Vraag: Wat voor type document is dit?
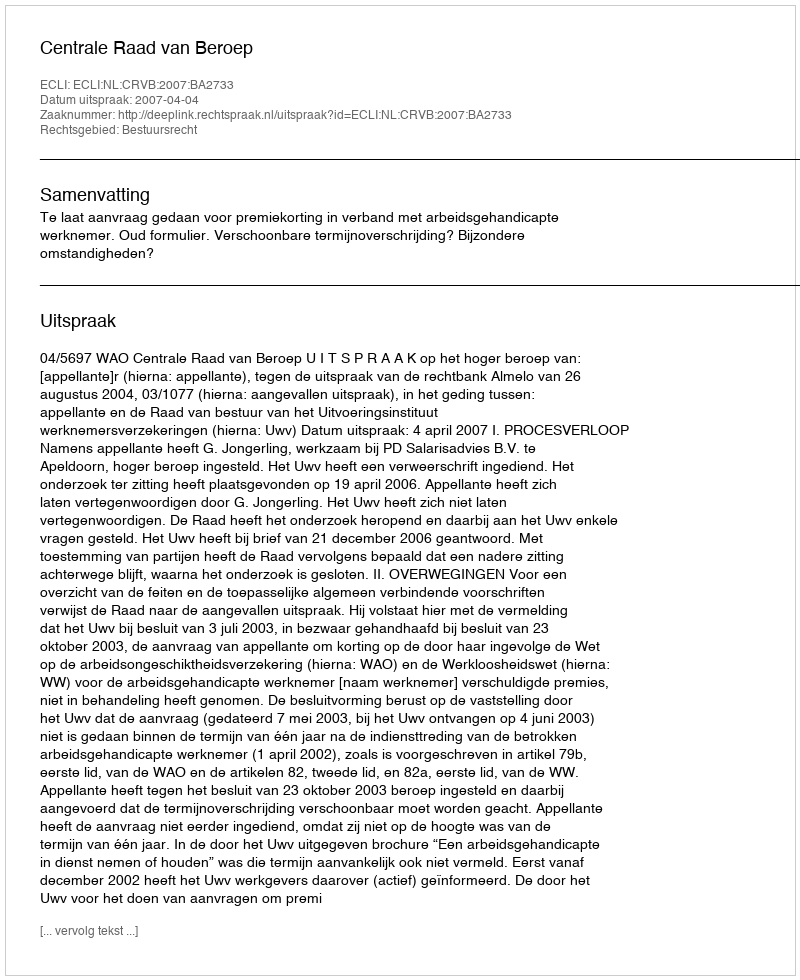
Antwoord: Uitspraak